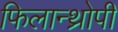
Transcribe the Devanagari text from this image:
फिलान्थ्रोपी